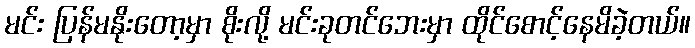
မင်း ပြန်မနိုးတော့မှာ စိုးလို့ မင်းခုတင်ဘေးမှာ ထိုင်စောင့်နေမိခဲ့တယ်။